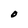
Character: O